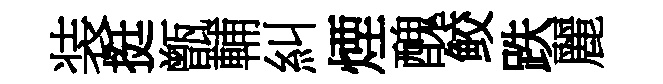
装挺甑輔糾煙醜鲛跌麗